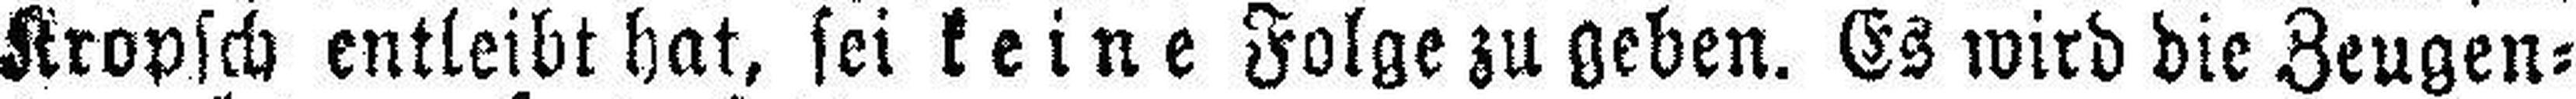
Kropsch entleibt hat, sei keine Folge zu geben. Es wird die Zeugen¬